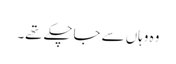
وہ وہاں سے جاچکے تھے۔